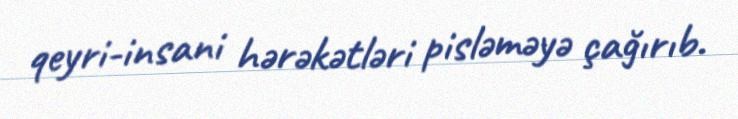
qeyri-insani hərəkətləri pisləməyə çağırıb.